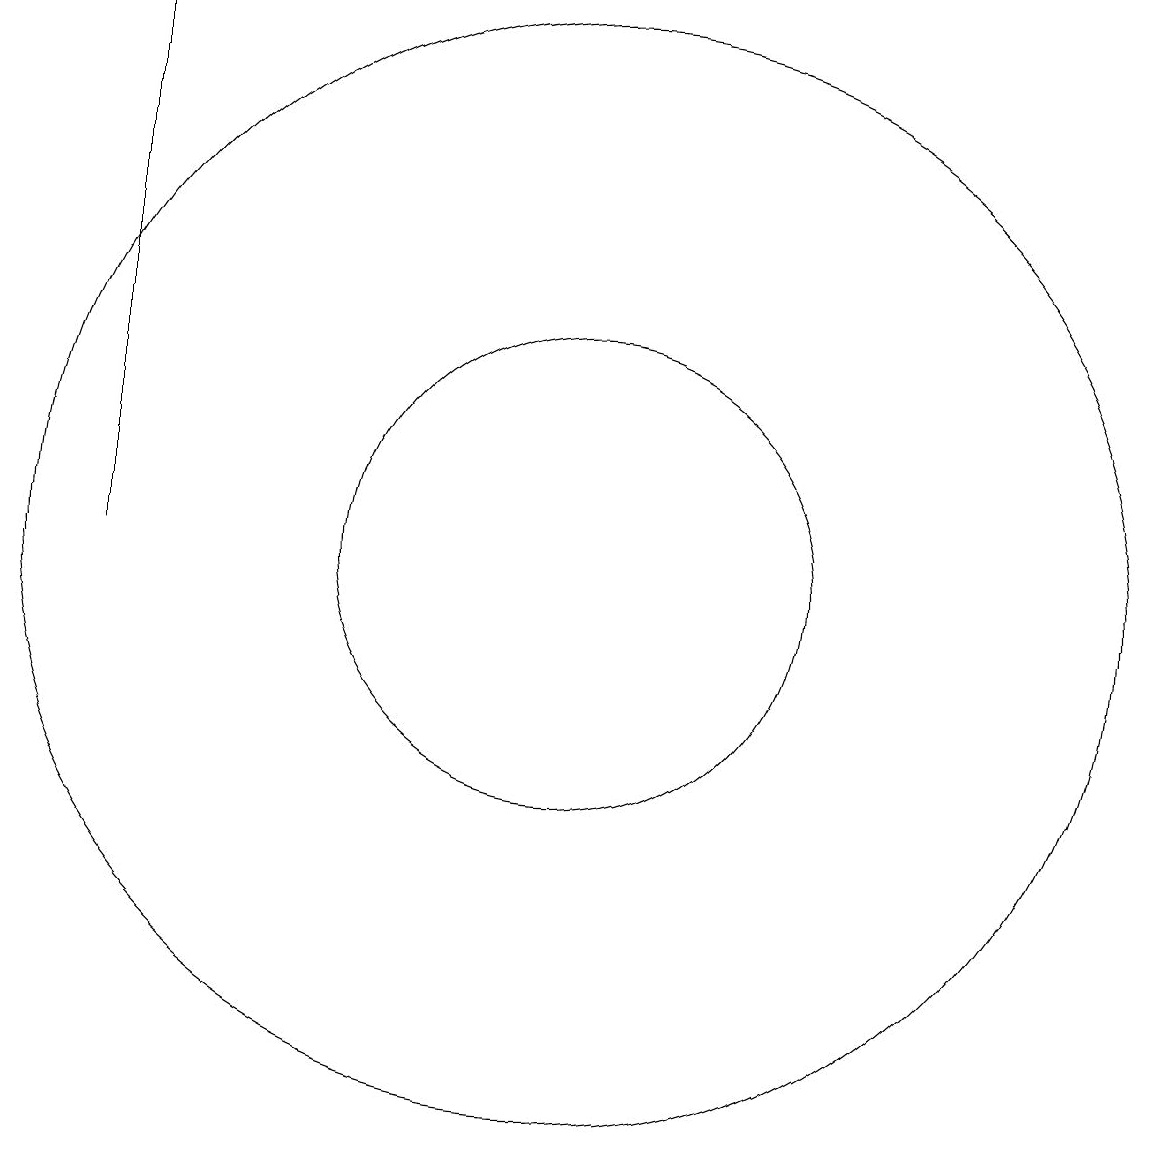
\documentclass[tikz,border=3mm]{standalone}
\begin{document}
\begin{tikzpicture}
\draw (6,12) rectangle (6,19);
\draw (12,12) circle (7);
\draw (12,12) circle (3);
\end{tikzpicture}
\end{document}